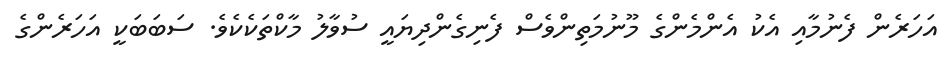
އަހަރެން ފެނުމާއި އެކު އެންމެންގެ މޫނުމަތިންވެސް ފެނިގެންދިޔައީ ސުވާލު މާކްތަކެކެވެ. ސަބަބަކީ އަހަރެންގެ